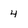
Character: 4